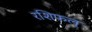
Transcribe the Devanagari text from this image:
रशिफल्